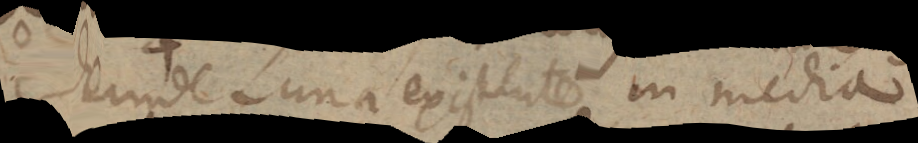
Deinde Luna existente in media